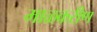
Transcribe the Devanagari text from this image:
माळकरीण